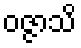
ဝဇ္ဇာသိ